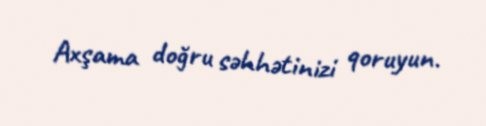
Axşama doğru səhhətinizi qoruyun.